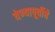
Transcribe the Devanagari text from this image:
येण्यापूर्वीचे